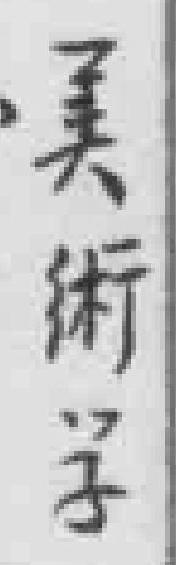
美術学